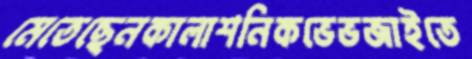
মেতেছেনকালাশনিকভেভজাইতে